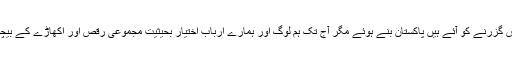
کم و بیش بہتر برس گزرنے کو آئے ہیں پاکستان بنے ہوئے مگر آج تک ہم لوگ اور ہمارے ارباب اختیار بحیثیت مجموعی رقص اور اکھاڑے کے بیچوں بیچ کھڑے ہیں۔